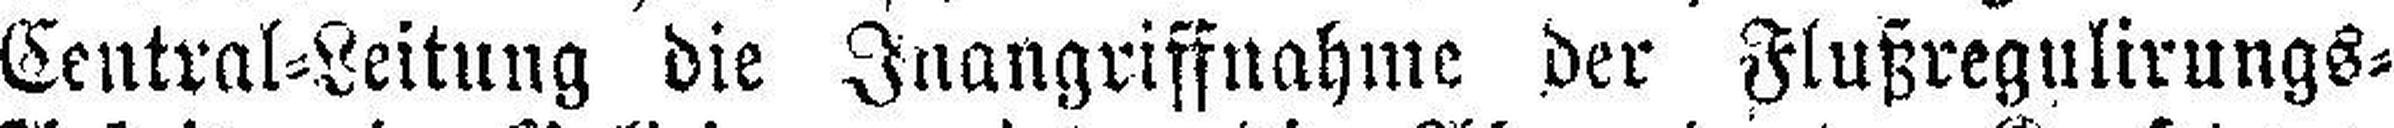
Central=Leitung die Inangriffnahme der Flußregulirungs=